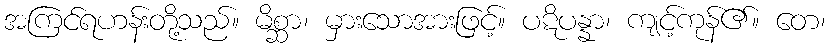
အကြင်ရဟန်းတို့သည်။ မိစ္ဆာ၊ မှားသောအားဖြင့်။ ပဋိပန္နာ၊ ကျင့်ကုန်၏။ တေ၊